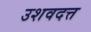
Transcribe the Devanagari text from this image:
उशवदत्त